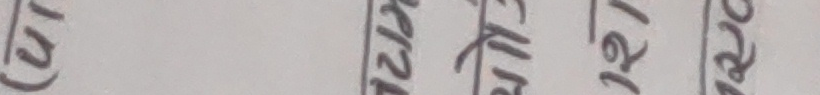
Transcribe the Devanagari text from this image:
(२१) (२२) (२३) (२४) उत्तर अङ्ग्रेजी नेपाली उत्तर